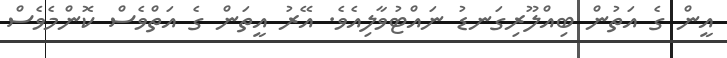
އީން ގެ އަތުން ބިއްލޫރިގަނޑު ނައްޓުވާލިއެވެ. އޭރު އީތަން ގެ އަތްވެސް ކޮންމެވެސް